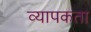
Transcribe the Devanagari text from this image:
व्‍यापकता